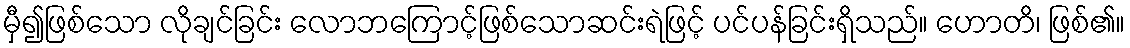
မှီ၍ဖြစ်သော လိုချင်ခြင်း လောဘကြောင့်ဖြစ်သောဆင်းရဲဖြင့် ပင်ပန်ခြင်းရှိသည်။ ဟောတိ၊ ဖြစ်၏။